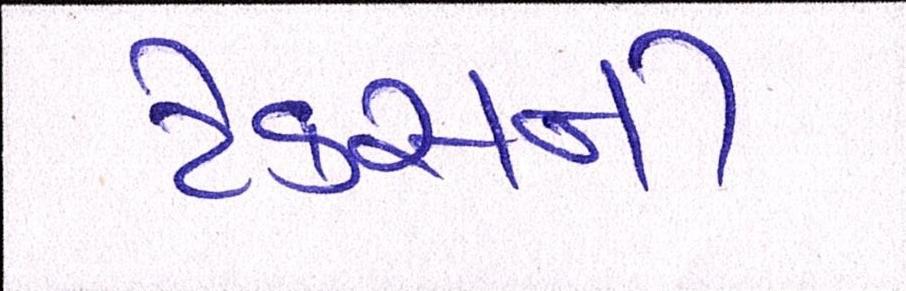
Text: ટેકસની